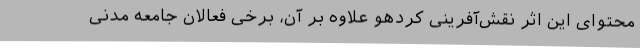
محتوای این اثر نقش‌آفرینی کردهو علاوه بر آن، برخی فعالان جامعه مدنی